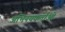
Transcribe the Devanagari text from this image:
अभिनयकर्ताओं